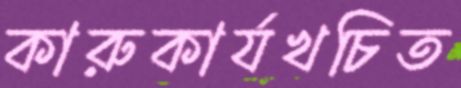
কারুকার্যখচিত